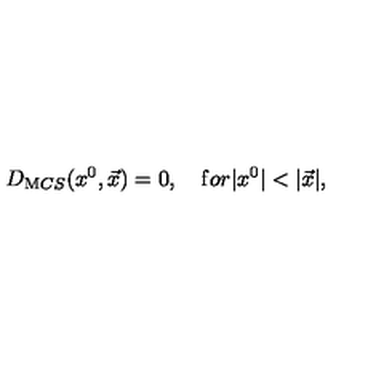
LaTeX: D _ { \mathrm M C S } ( x ^ { 0 } , \vec { x } ) = 0 , \quad { \mathrm f o r } | x ^ { 0 } | < | \vec { x } | ,